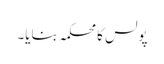
پولس کا محکمہ بنایا۔